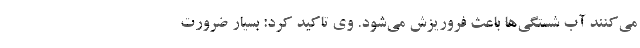
می‌کنند آب شستگی‌ها باعث فروریزش می‌شود. وی تاکید کرد: بسیار ضرورت